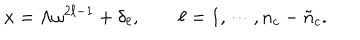
x = \Lambda \omega ^ { 2 \ell - 1 } + \delta _ { \ell } , \qquad \ell = 1 , \cdots , n _ { c } - \tilde { n } _ { c } .